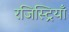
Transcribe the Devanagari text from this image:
रजिस्ट्रियाँ